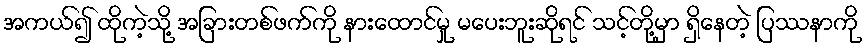
အကယ်၍ ထိုကဲ့သို့ အခြားတစ်ဖက်ကို နားထောင်မှု မပေးဘူးဆိုရင် သင့်တို့မှာ ရှိနေတဲ့ ပြဿနာကို